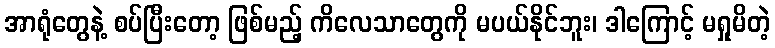
အာရုံတွေနဲ့ စပ်ပြီးတော့ ဖြစ်မည့် ကိလေသာတွေကို မပယ်နိုင်ဘူး၊ ဒါကြောင့် မရှုမိတဲ့